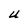
Character: U